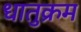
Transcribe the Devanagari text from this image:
धातुक्रम